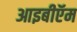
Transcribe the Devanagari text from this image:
आइबीऍम